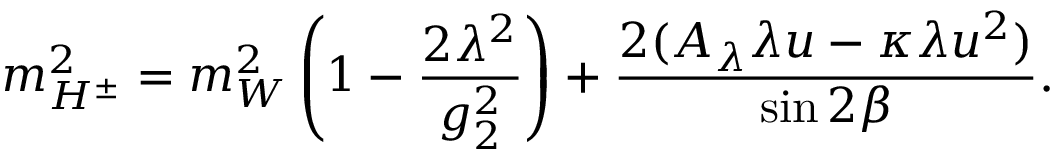
m _ { H ^ { \pm } } ^ { 2 } = m _ { W } ^ { 2 } \left( 1 - { \frac { 2 \lambda ^ { 2 } } { g _ { 2 } ^ { 2 } } } \right) + { \frac { 2 ( A _ { \lambda } \lambda u - \kappa \lambda u ^ { 2 } ) } { \sin 2 \beta } } .